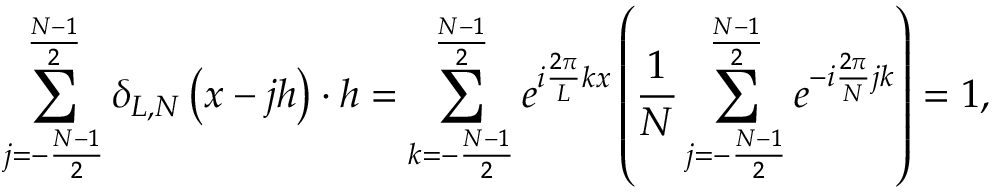
\sum _ { j = - \frac { N - 1 } { 2 } } ^ { \frac { N - 1 } { 2 } } \delta _ { L , N } \left( x - j h \right) \cdot h = \sum _ { k = - \frac { N - 1 } { 2 } } ^ { \frac { N - 1 } { 2 } } e ^ { i \frac { 2 \pi } { L } k x } \left( \frac { 1 } { N } \sum _ { j = - \frac { N - 1 } { 2 } } ^ { \frac { N - 1 } { 2 } } e ^ { - i \frac { 2 \pi } { N } j k } \right) = 1 ,